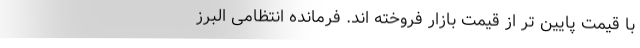
با قیمت پایین تر از قیمت بازار فروخته اند. فرمانده انتظامی البرز